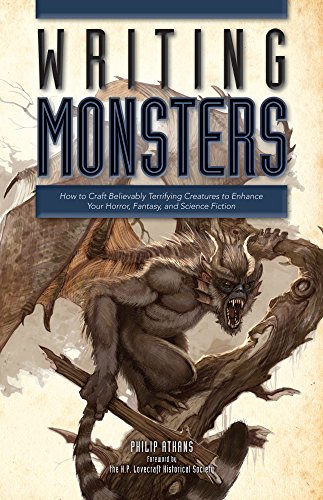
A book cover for Writing Monsters: How to Craft Believably Terrifying Creatures to Enhance Your Horror, Fantasy, and Science Fiction; Philip Athans; Science Fiction & Fantasy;